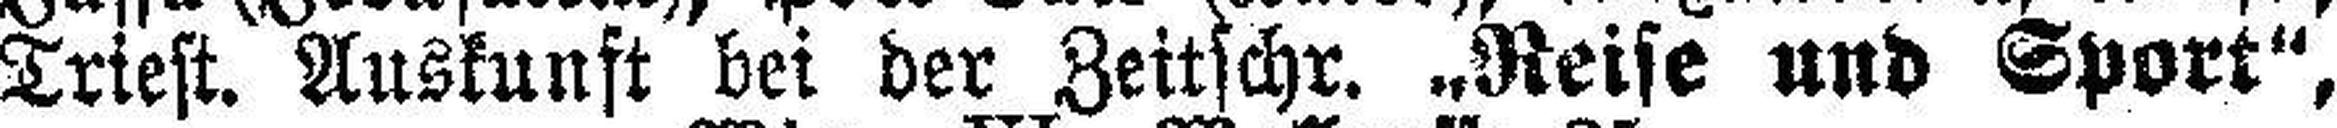
Triest. Auskunft bei der Zeitschr. „Reise und Sport",